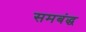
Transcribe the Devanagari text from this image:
समबंद्ध